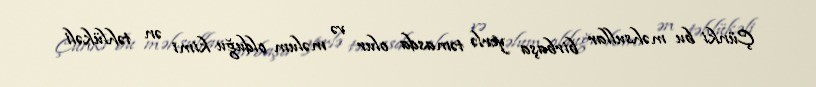
Çünki bu məhsullar birbaşa yerlə təmasda olur və məlum olduğu kimi ən təhlükəli